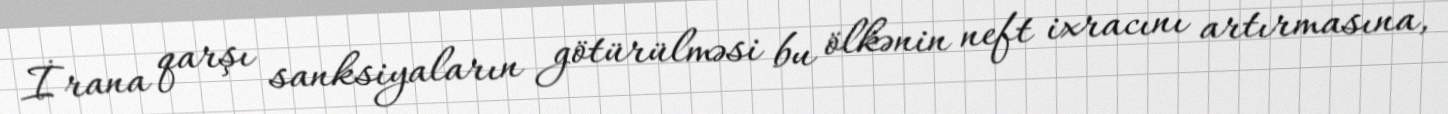
İrana qarşı sanksiyaların götürülməsi bu ölkənin neft ixracını artırmasına,